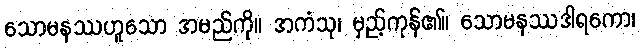
သောမနဿဟူသော အမည်ကို။ အကံသု၊ မှည့်ကုန်၏။ သောမနဿဒါရကော၊